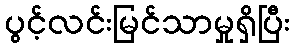
ပွင့်လင်းမြင်သာမှုရှိပြီး